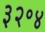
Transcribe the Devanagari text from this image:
३२॰४